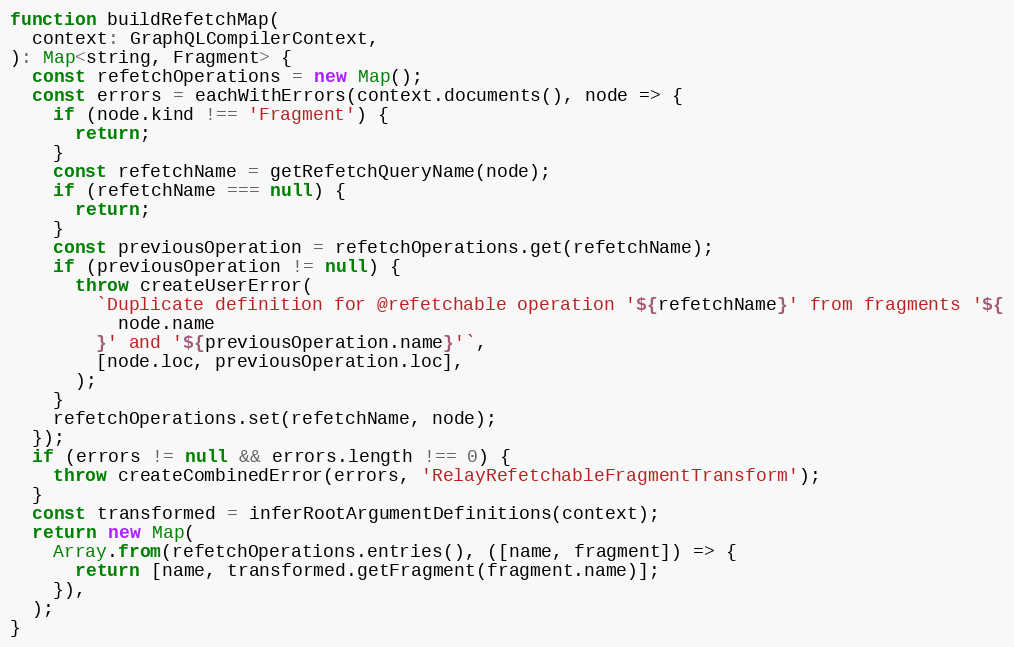
Language: JavaScript
function buildRefetchMap(
  context: GraphQLCompilerContext,
): Map<string, Fragment> {
  const refetchOperations = new Map();
  const errors = eachWithErrors(context.documents(), node => {
    if (node.kind !== 'Fragment') {
      return;
    }
    const refetchName = getRefetchQueryName(node);
    if (refetchName === null) {
      return;
    }
    const previousOperation = refetchOperations.get(refetchName);
    if (previousOperation != null) {
      throw createUserError(
        `Duplicate definition for @refetchable operation '${refetchName}' from fragments '${
          node.name
        }' and '${previousOperation.name}'`,
        [node.loc, previousOperation.loc],
      );
    }
    refetchOperations.set(refetchName, node);
  });
  if (errors != null && errors.length !== 0) {
    throw createCombinedError(errors, 'RelayRefetchableFragmentTransform');
  }
  const transformed = inferRootArgumentDefinitions(context);
  return new Map(
    Array.from(refetchOperations.entries(), ([name, fragment]) => {
      return [name, transformed.getFragment(fragment.name)];
    }),
  );
}